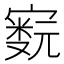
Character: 𫴁